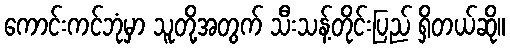
ကောင်းကင်ဘုံမှာ သူတို့အတွက် သီးသန့်တိုင်းပြည် ရှိတယ်ဆို။